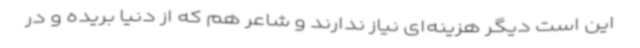
این است دیگر هزینه‌ای نیاز ندارند و شاعر هم که از دنیا بریده و در